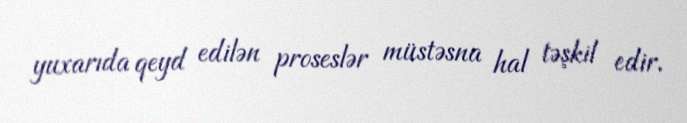
yuxarıda qeyd edilən proseslər müstəsna hal təşkil edir.